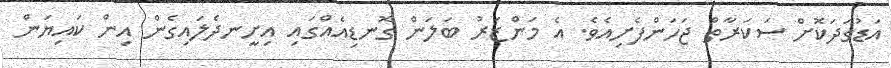
އަޑުގަދަކޮށް ސަކަރާތް ޖަހަންފެށިއެވެ. އެ މަންޒަރު ބަލަން ގޮނޑިއެއްގައި އިށީނދެލައިގެން އިން ކައިޔަން